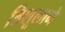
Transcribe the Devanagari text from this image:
त्रिशूलाने